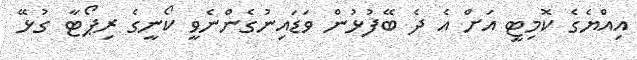
އިއްޔެގެ ކޮމިޓީ އަށް އެ ދެ ބޭފުޅުން ވަޑައިނުގެންނެވީ ކޯނީގެ ރިޕޯޓާ ގުޅޭ